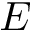
E